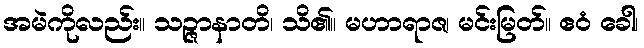
အမဲကိုလည်း။ သဉ္ဇာနာတိ၊ သိ၏။ မဟာရာဇ၊ မင်းမြတ်။ ဧဝံ ခေါ၊